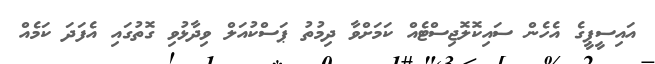
އައިސީޕީގެ އެހެން ސައިކޮލޮޖިސްޓެއް ކަމަށްވާ ދިމުތު ޕަސްކުއަލް ވިދާޅުވި ގޮތުގައި އެފަދަ ކަމެއް